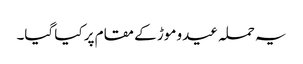
یہ حملہ عیدو موڑ کے مقام پر کیا گیا۔